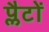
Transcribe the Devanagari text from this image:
प्लैटों